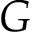
G